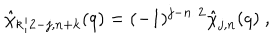
\hat { \chi } _ { k / 2 - j , n + k } ( q ) = ( - 1 ) ^ { j - n / 2 } \hat { \chi } _ { j , n } ( q ) ~ ,